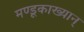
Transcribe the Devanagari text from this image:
मण्डूकाख्यान्